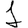
Digit: 1